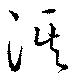
淇